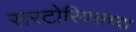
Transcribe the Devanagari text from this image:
सरटोरियसच्या